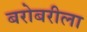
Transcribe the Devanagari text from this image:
बरोबरीला